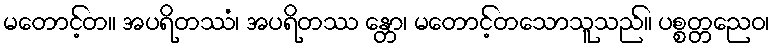
မတောင့်တ။ အပရိတဿံ၊ အပရိတဿ န္တော၊ မတောင့်တသောသူသည်။ ပစ္စတ္တညေဝ၊